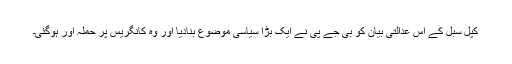
کپل سبل کے اس عدالتی بیان کو بی جے پی نے ایک بڑا سیاسی موضوع بنادیا اور وہ کانگریس پر حملہ آور ہوگئی۔